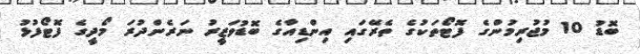
ބޮޑު 10 މުޖުރިމުންގެ ފޮޓޯތަކުގެ ތެރޭގައި އިންޑިއާގެ ބޮޑުވަޒީރު ނަރެންދުރަ މޯދީގެ ފޮޓޯފުޅު